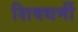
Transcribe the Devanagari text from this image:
शिवधर्मी